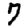
Digit: 7